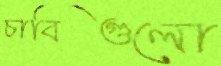
চাবিগুলো